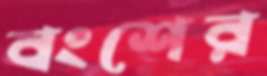
বংশের